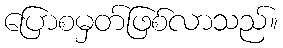
ပြောစမှတ်ဖြစ်လာသည်။